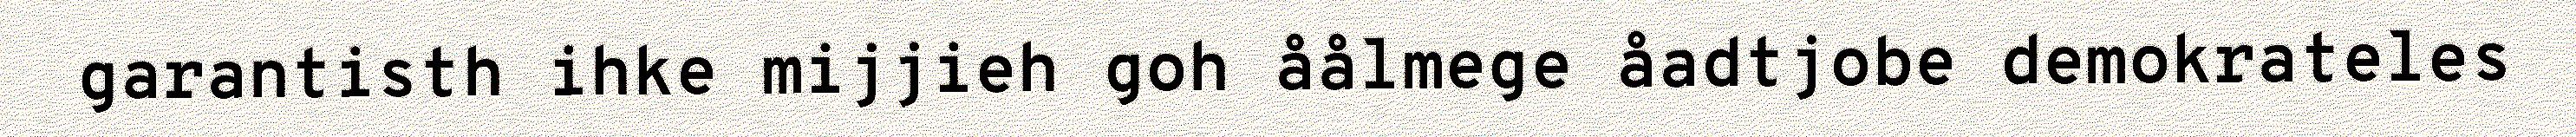
garantisth ihke mijjieh goh åålmege åadtjobe demokrateles